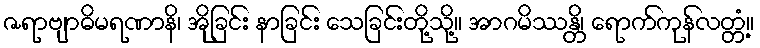
ဇရာဗျာဓိမရဏာနိ၊ အိုခြင်း နာခြင်း သေခြင်းတို့သို့။ အာဂမိဿန္တိ၊ ရောက်ကုန်လတ္တံ့။